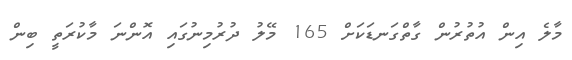
މާލެ އިން އުތުރުން ގާތްގަނޑަކަށް 165 މޭލު ދުރުމިނުގައި އޮންނަ މާކުރަތީ ބިން